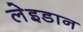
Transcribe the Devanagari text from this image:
लेइडान